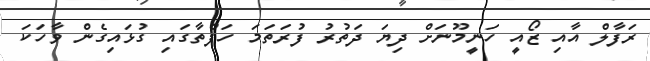
ރަފާލް އާއި ޒޯއީ ހަނީމޫނަށް ދިޔަ ދަތުރު ފުރަތަމަ ހަފްތާގައި ގުޅައިގެން ވާހަކަ